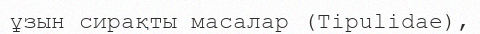
ұзын сирақты масалар (Tіpulіdae),